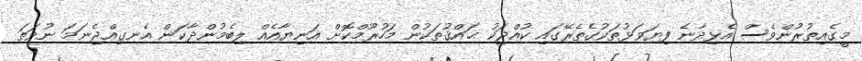
މީގެއިތުރުންވެސް އެޅިދާނެ ފިޔަވަޅުތަކުގެތެރޭގައި ކުއްޖަކު ޙައްޤުތަކުން މަހުރޫމްކޮށް އަނިޔާއެއް ލިބެމުންދާކަން އެނގިއްޖެނަމަ ނުވަތަ